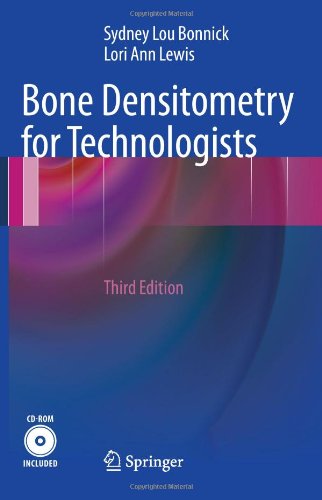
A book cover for Bone Densitometry for Technologists; Sydney Lou Bonnick; Engineering & Transportation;